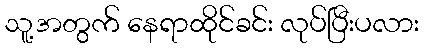
သူ့အတွက် နေရာထိုင်ခင်း လုပ်ပြီးပလား